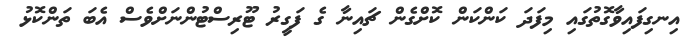
އިނގިފައިވާގޮތުގައި މިފަދަ ކަންކަން ކޮށްގެން ޗައިނާ ގެ ފަގީރު ޓޫރިސްޓުންނަށްވެސް އެބަ ތަންކޮޅު